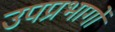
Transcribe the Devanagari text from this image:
उपप्रभागों